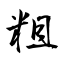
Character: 粗